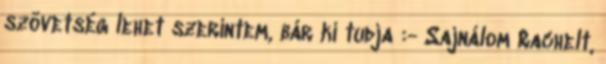
szövetség lehet szerintem, bár ki tudja :- Sajnálom Rachelt,